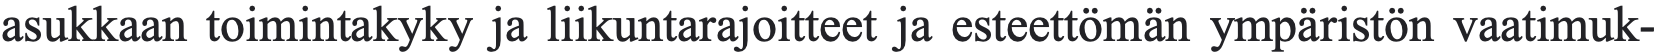
asukkaan toimintakyky ja liikuntarajoitteet ja esteettömän ympäristön vaatimuk-